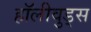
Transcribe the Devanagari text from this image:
हॉलीवुड्स